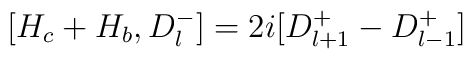
[H_{c}+H_{b},D_{l}^{-}]=2i[D_{l+1}^{+}-D_{l-1}^{+}]